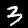
Digit: 3